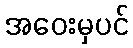
အဝေးမှပင်